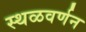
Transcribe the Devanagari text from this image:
स्थळवर्णन